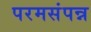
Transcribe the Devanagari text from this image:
परमसंपन्न